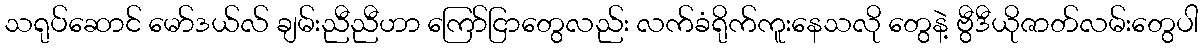
သရုပ်ဆောင် မော်ဒယ်လ် ချမ်းညီညီဟာ ကြော်ငြာတွေလည်း လက်ခံရိုက်ကူးနေသလို တွေနဲ့ ဗွီဒီယိုဇာတ်လမ်းတွေပါ